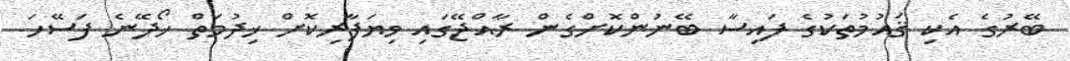
ބޭރުގެ އެކި ޤައުމުތަކުގެ ފައިސާ ބޭނުންކޮށްގެން ރާއްޖޭގައި ވިޔަފާރިކޮށް ޚިދުމަތް ހޯދޭނެ ފަސޭހަ